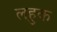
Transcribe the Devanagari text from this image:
लहुक